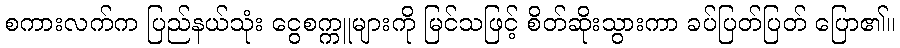
စကားလက်က ပြည်နယ်သုံး ငွေစက္ကူများကို မြင်သဖြင့် စိတ်ဆိုးသွားကာ ခပ်ပြတ်ပြတ် ပြော၏။